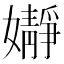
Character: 𮱙